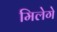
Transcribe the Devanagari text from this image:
मिलेगे